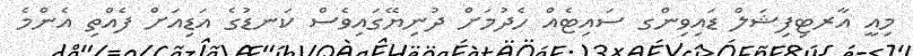
މިއީ އާރޓިފިޝަލް ޑައިވިންގ ސައިޓެއް ހެދުމަށް ދުނިޔޭގައިވެސް ކަނޑުގެ އަޑިއަށް ފެއްތި އެންމެ